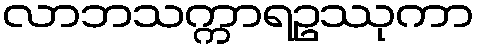
လာဘသက္ကာရဥဿုကာ